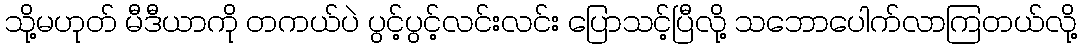
သို့မဟုတ် မီဒီယာကို တကယ်ပဲ ပွင့်ပွင့်လင်းလင်း ပြောသင့်ပြီလို့ သဘောပေါက်လာကြတယ်လို့